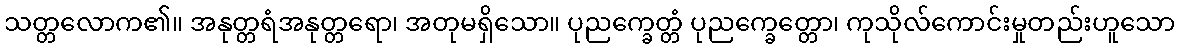
သတ္တလောက၏။ အနုတ္တရံအနုတ္တရော၊ အတုမရှိသော။ ပုညက္ခေတ္တံ ပုညက္ခေတ္တော၊ ကုသိုလ်ကောင်းမှုတည်းဟူသော